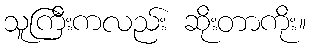
သူကြီးကလည်း ဆိုးတာကိုး။